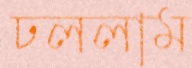
ঢললাম